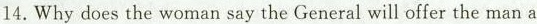
14.Why does the woman say the General will offer the man a